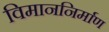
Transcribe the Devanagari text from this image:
विमाननिर्माण